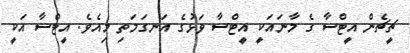
ޗީޗެން އީޓްސާ ގެ މާނައަކީ އީޓްސާ ވަޅުގެ އަނގަމަތި މިއެވެ. އީޓްސާ އަކީ